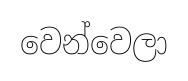
වෙන්වෙලා